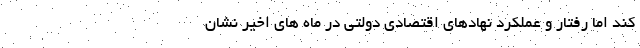
کند اما رفتار و عملکرد نهادهای اقتصادی دولتی در ماه های اخیر نشان